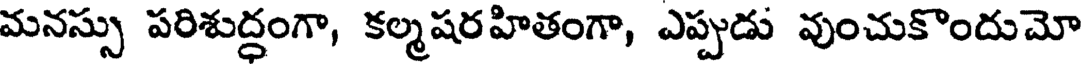
మనస్సు పరిశుద్ధంగా, కల్మషరహితంగా, ఎప్పుడు వుంచుకొందుమో